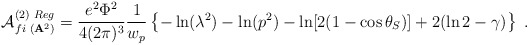
\begin{align*}{\cal A}_{fi\,\,({\bf A}^{2})}^{(2)\,\,Reg}=\frac{e^{2}\Phi ^{2}}{4(2\pi)^{3}}\frac{1}{w_{p}}\left\{ -\ln (\lambda ^{2})-\ln (p^{2})-\ln [2(1-\cos\theta _{S})]+2(\ln 2-\gamma )\right\} \;.\end{align*}